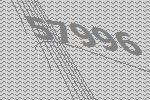
57996